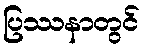
ပြဿနာတွင်